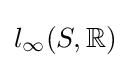
l_{\infty }(S,\mathbb {R} )